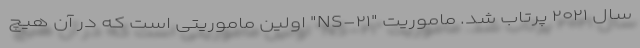
سال ۲۰۲۱ پرتاب شد. ماموریت "NS-۲۱" اولین ماموریتی است که در آن هیچ